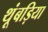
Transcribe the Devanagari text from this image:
थूंबड़िया